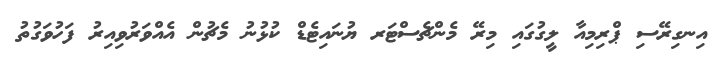
އިނގިރޭސި ޕްރިމިއާ ލީގުގައި މިރޭ މެންޗެސްޓަރ ޔުނައިޓެޑް ކުޅުނު މެޗުން އެއްވަރުވިއިރު ފަހުވަގުތު